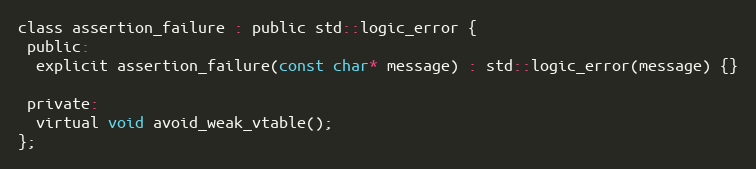
Language: C
class assertion_failure : public std::logic_error {
 public:
  explicit assertion_failure(const char* message) : std::logic_error(message) {}

 private:
  virtual void avoid_weak_vtable();
};